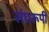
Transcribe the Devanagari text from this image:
संघरूपी